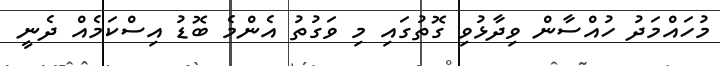
މުހައްމަދު ހުއްސާން ވިދާޅުވި ގޮތުގައި މި ވަގުތު އެންމެ ބޮޑު އިސްކަމެއް ދެނީ